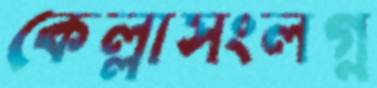
কেল্লাসংলগ্ন